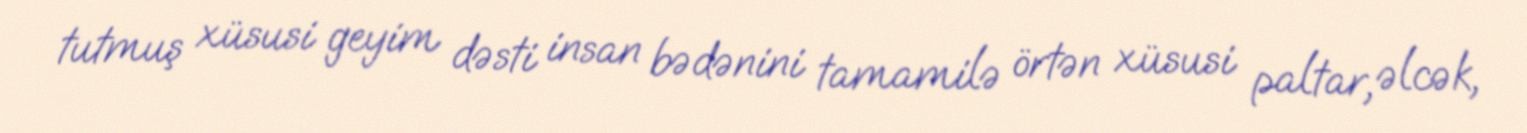
tutmuş xüsusi geyim dəsti insan bədənini tamamilə örtən xüsusi paltar, əlcək,